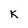
Character: K